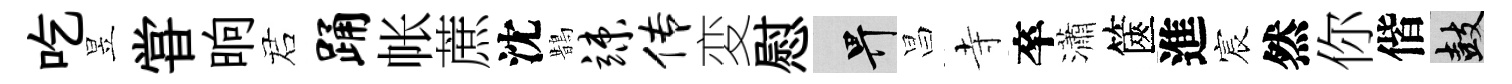
吃昱甞晌诺踊帐蔗沈鵲竦传変慰畀昌寺卒瀟篋進宸然你偕鼓